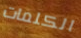
الكلمات